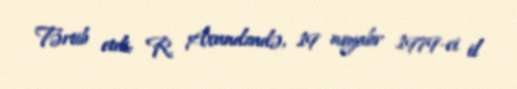
Tərtib etdi: R. Axundzadə, 19 noyabr 1979-ci il